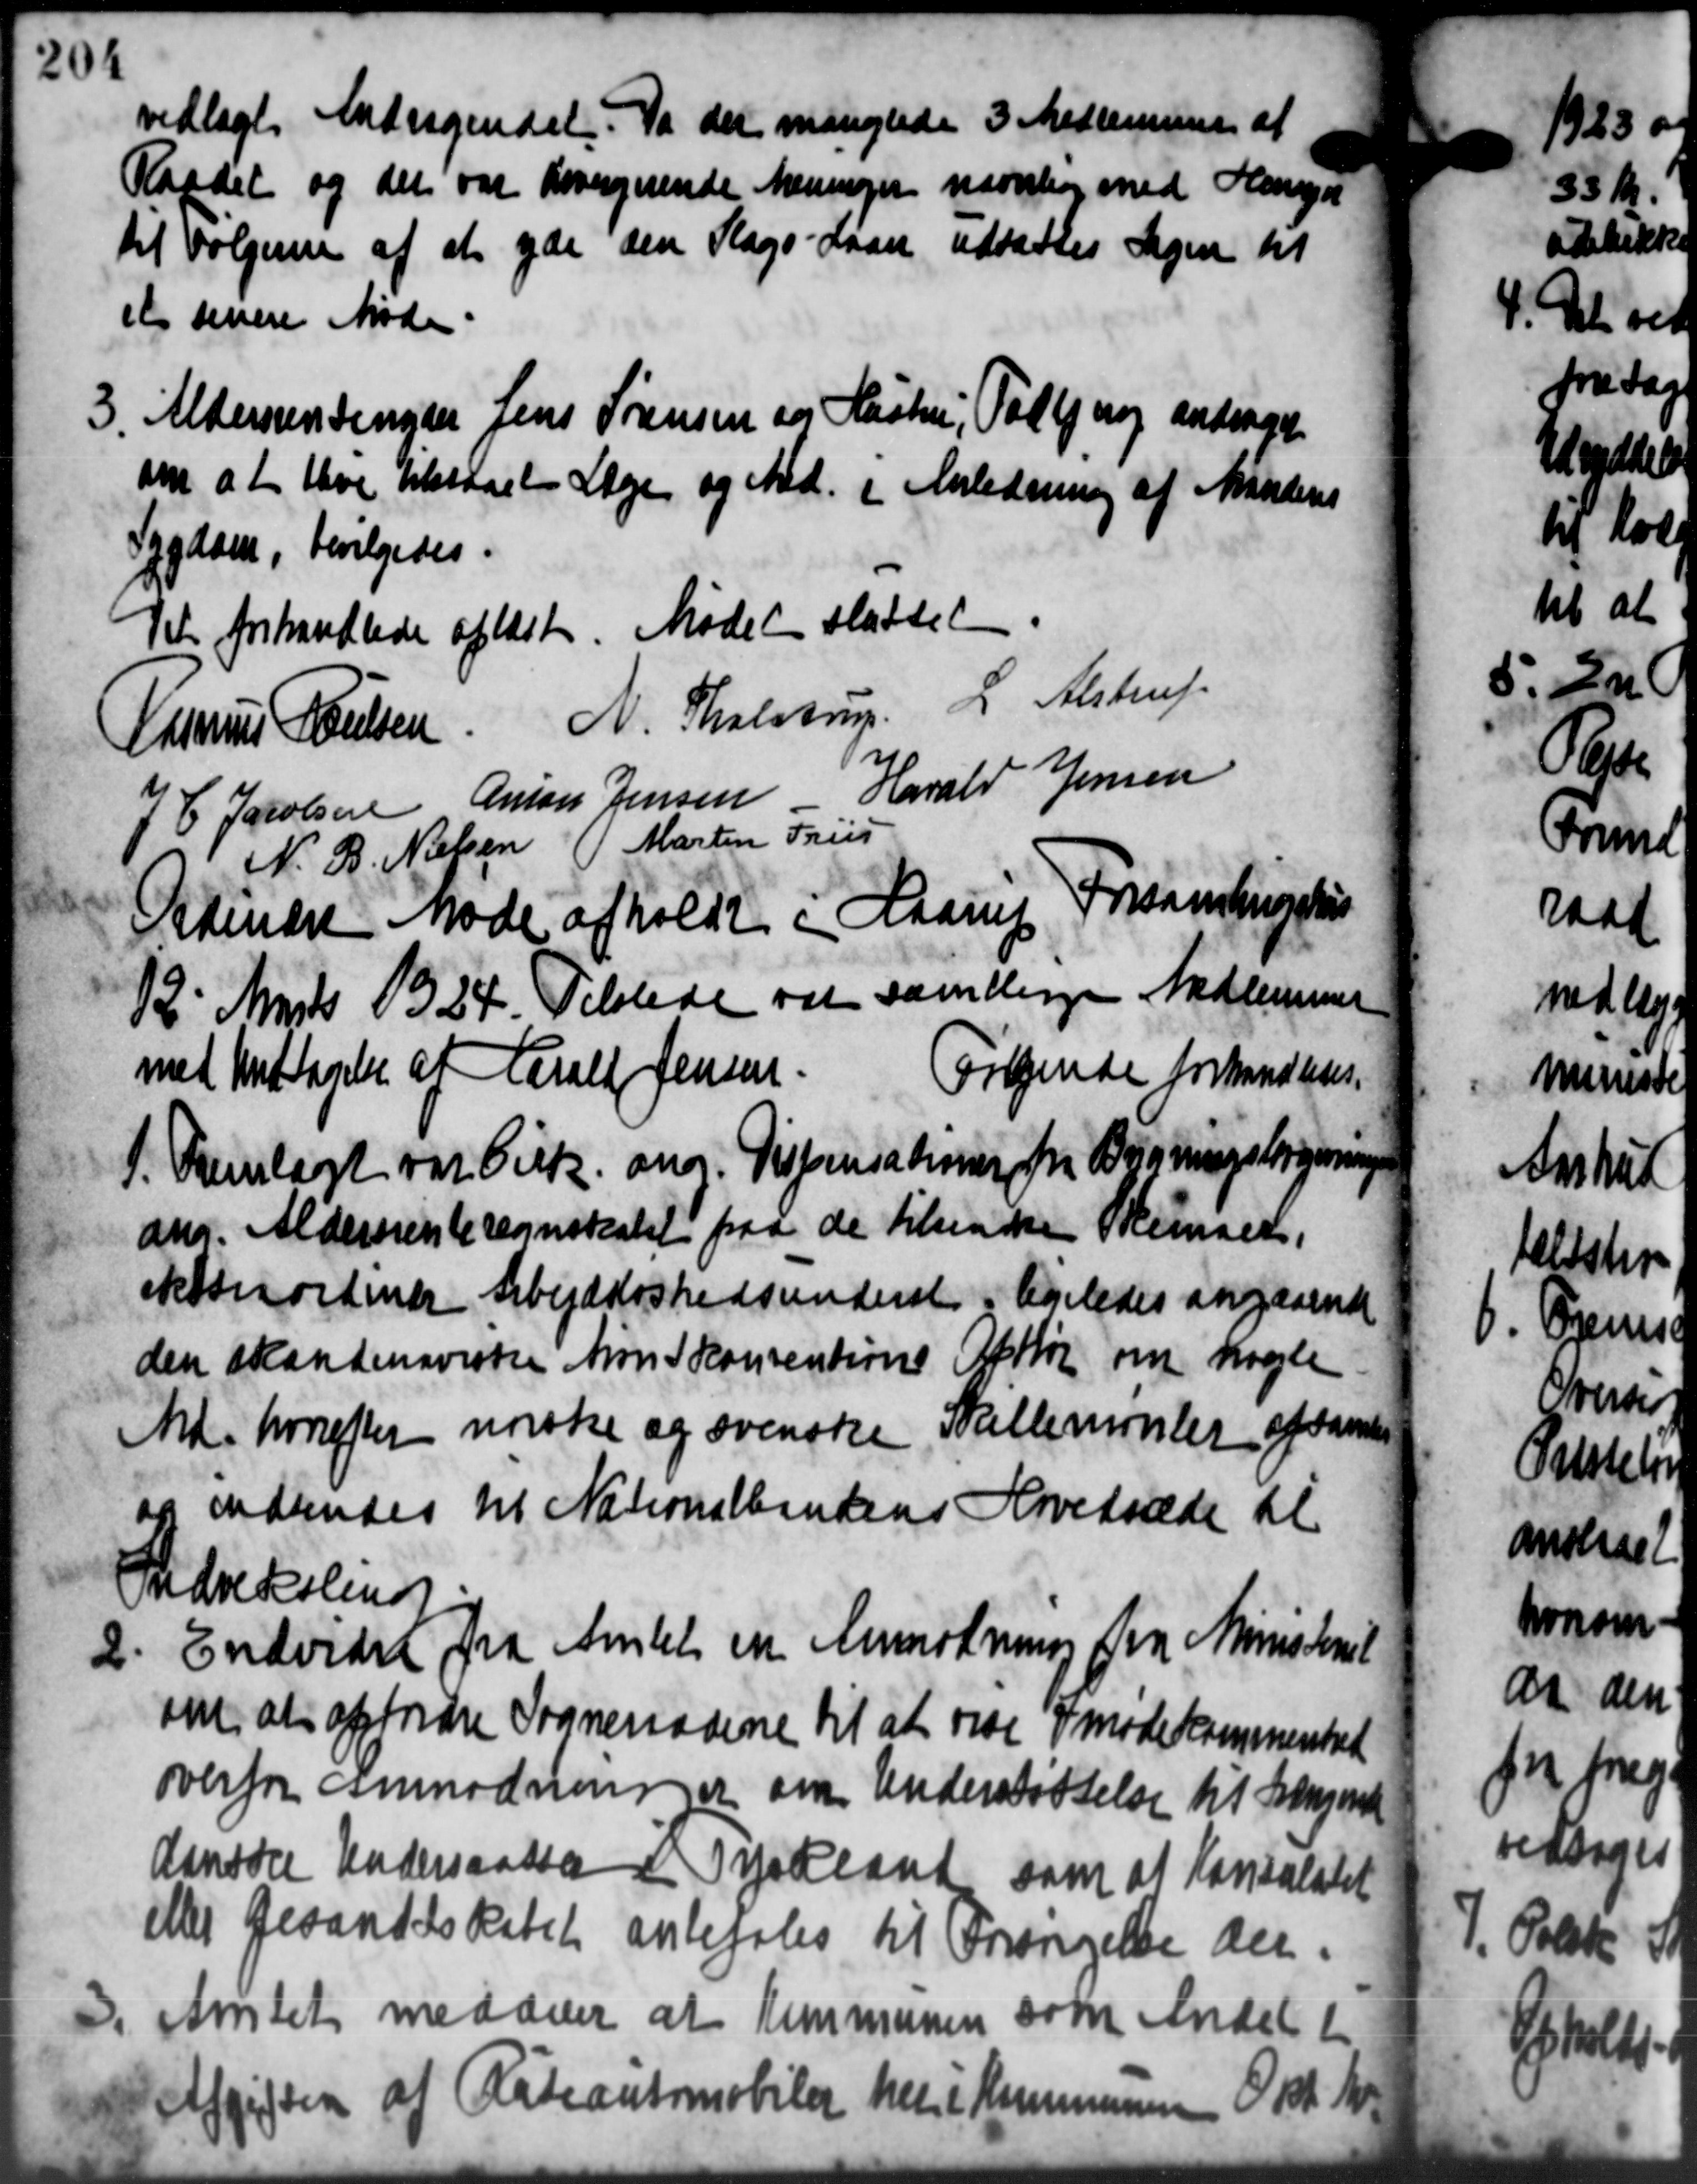
Transskription:
vedlagt Andragendet. Da der manglede 3 Medlemmer af
Raadet og det var hovergarende Meninger navnlig med Hensyn
til Vælgerne af at yde den Slags-Laan udsattes Sagen til
et senere Møde.
3 Aldersrentenyder Jens Sørensen og Hustru, Talle nog andrager
3 Aldersrentenyder Jens Sørensen og Hustru, Talle nog andrager
om at lave tilstaaet Lage og Md. i Anledning af Mandens
Sygdom, bevilgedes.
Det forhandlede aflæst. Mødet sluttet
Rasmus Poulsen N. Tholstrup L. Alstrup
P Jacobsen Anton Jensen - Harald Jensen
N. B. Nielsen Martin Friis
Ordinært Møde afholdt i Haarup Forsamlingels
12' Marts 1924. Tillede var samtlige Medlemmer
med Undtagelse af Harald Jensen.
Følgende forhandledes.
1. Fremlagt var Cirk. ang. Dispensationer fra Bygningsbrydninge
1. Fremlagt var Cirk. ang. Dispensationer fra Bygningsbrydninge
ang. Aldersrenteregnskabet paa de tilsende Skemaet,
ektanordinær Arbejdsløshedsunderst i ligeledes angaaende
den skandinavistes Møn Skovsrenterne Okttør om nogle
Md. hvorefter norske og svenske Skillemonter afsamles
og indsendes til Nationalbankens Hovedræde til
Stdrekolens

Endvider fra Amtet en Anmodning fra Ministeriet
om at opfordre Sogneraadene til at være imøde Kommenstret
overfor Anmodninger om Understøttelse til Sangeret
Aandøre Underskasser i Tyskland som at Konsolatet
eller Gesandelskabet anbefales til Forsørgelse an
D. Amtet meddeler at Kommunen som Andeli
D. Amtet meddeler at Kommunen som Andeli
Afgiften af Orleantomobiler her i Kommunen 6 Kr. Kr